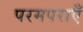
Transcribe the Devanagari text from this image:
परमपराएँ